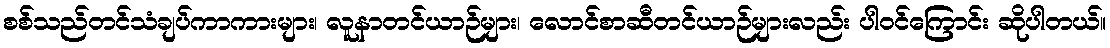
စစ်သည်တင်သံချပ်ကာကားများ၊ လူနာတင်ယာဉ်များ၊ လောင်စာဆီတင်ယာဉ်များလည်း ပါဝင်ကြောင်း ဆိုပါတယ်။